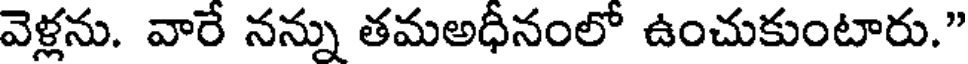
వెళ్లను. వారే నన్ను తమఅధీనంలో ఉంచుకుంటారు."